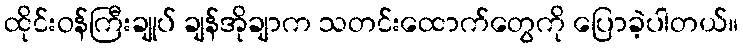
ထိုင်းဝန်ကြီးချုပ် ချန်အိုချာက သတင်းထောက်တွေကို ပြောခဲ့ပါတယ်။